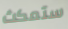
ستمكث